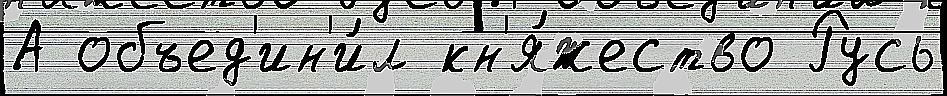
А объед'ин'и́л кн'я́жество Русь